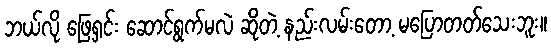
ဘယ်လို ဖြေရှင်း ဆောင်ရွက်မလဲ ဆိုတဲ့ နည်းလမ်းတော့ မပြောတတ်သေးဘူး။